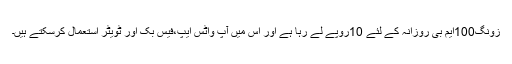
زونگ100ایم بی روزانہ کے لئے 10روپے لے رہا ہے اور اس میں آپ واٹس ایپ،فیس بک اور ٹویٹر استعمال کرسکتے ہیں۔